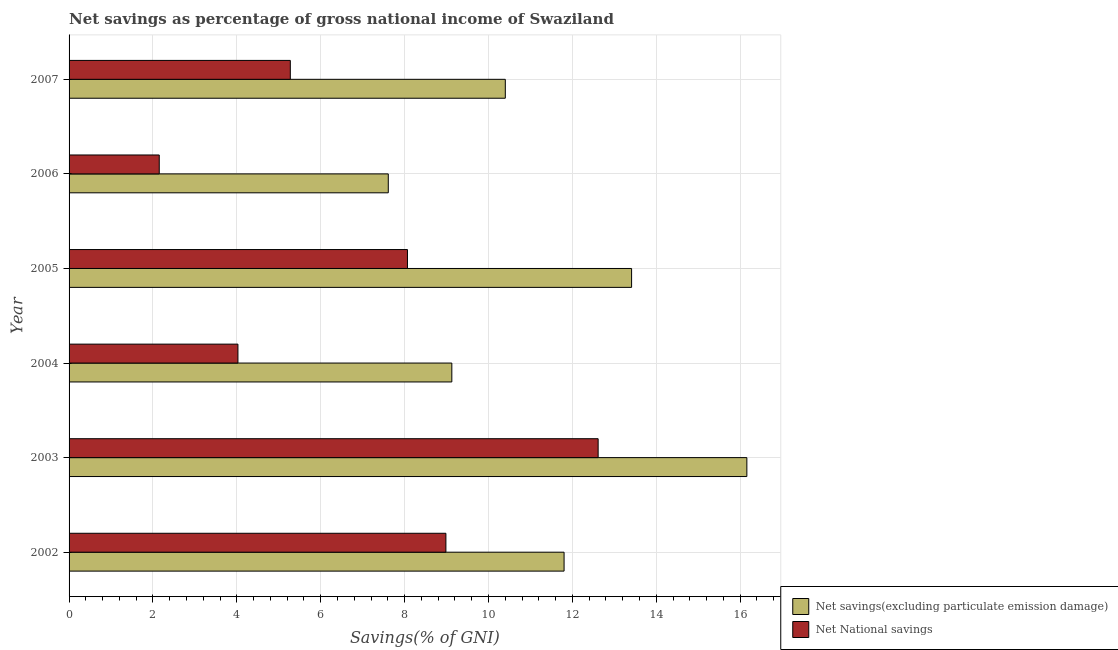
| Year | Net savings(excluding particulate emission damage) | Net National savings |
 | --- | --- | --- |
 | 2002 | 11.8 | 8.98 |
 | 2003 | 16.2 | 12.6 |
 | 2004 | 9.13 | 4.03 |
 | 2005 | 13.4 | 8.07 |
 | 2006 | 7.61 | 2.15 |
 | 2007 | 10.4 | 5.27 |